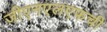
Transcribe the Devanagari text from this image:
जीएनएलएफची